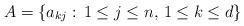
LaTeX: \begin{align*}A=\{a_{kj}:\, 1\le j\le n,\, 1\le k\le d\}\end{align*}